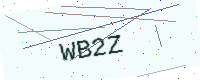
Text: WB2Z